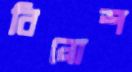
বিনোশ